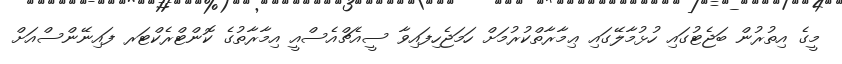
މީގެ އިތުރުން ބަޖެޓުގައި ހުޅުމާލޭގައި ޢިމާރާތްކުރުމަށް ހަމަޖެހިފައިވާ ސީއެޗްއެސްއީ އިމާރާތުގެ ކޮންޓްރެކްޓަރ ފައިނޭންސްއަށް